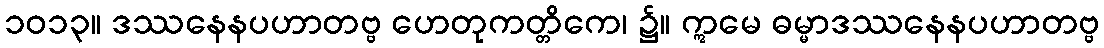
၁၀၁၃။ ဒဿနေနပဟာတဗ္ဗ ဟေတုကတ္တိကေ၊ ၌။ ဣမေ ဓမ္မာဒဿနေနပဟာတဗ္ဗ